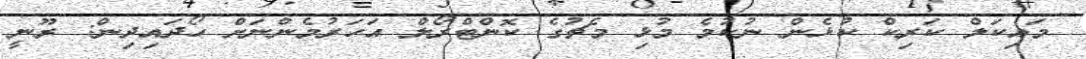
މައިކަލް ކަރިކް ކުޅެން ނުކުމެ މުޅި މެޗުގެ ކޮންޓްރޯލް އަހަރުމެންނަށް ހޯދައިދިން: ރޫނީ